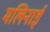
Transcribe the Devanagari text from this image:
मलिनाई